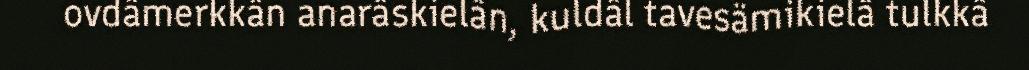
ovdâmerkkân anarâskielân, kuldâl tavesämikielâ tulkkâ